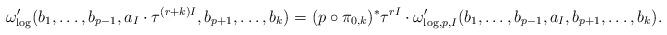
LaTeX: \begin{align*}\omega'_{\log} ( b_1,\ldots,b_{p-1},a_I\cdot \tau^{(r+k)I},b_{p+1},\ldots,b_k)=(p\circ{\pi}_{0,k})^*\tau^{rI} \cdot \omega'_{\log,p,I}(b_1,\ldots,b_{p-1},a_I,b_{p+1},\ldots,b_k).\end{align*}